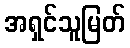
အရှင်သူမြတ်